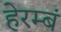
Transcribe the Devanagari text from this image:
हेरम्बं